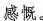
感慨。